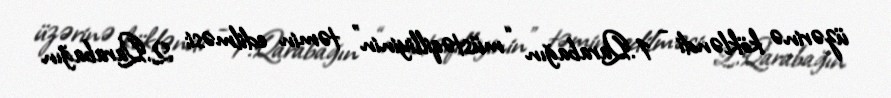
üzərinə kökləndi - 1.Qarabağın “müstəqilliyinin” təmin edilməsi; 2.Qarabağın